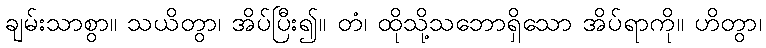
ချမ်းသာစွာ။ သယိတွာ၊ အိပ်ပြီး၍။ တံ၊ ထိုသို့သဘောရှိသော အိပ်ရာကို။ ဟိတွာ၊